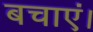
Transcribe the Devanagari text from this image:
बचाएं।